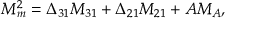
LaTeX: M _ { m } ^ { 2 } = \Delta _ { 3 1 } M _ { 3 1 } + \Delta _ { 2 1 } M _ { 2 1 } + A M _ { A } ,